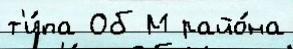
т'и́па Об М райо́на